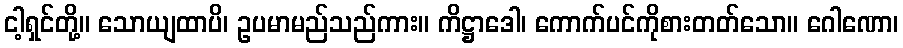
ငါ့ရှင်တို့။ သောယျထာပိ၊ ဥပမာမည်သည်ကား။ ကိဋ္ဌာဒေါ၊ ကောက်ပင်ကိုစားတတ်သော။ ဂေါဏော၊